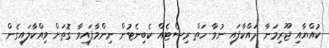
ކުއްޔާއި ޖޫރިމަނާ ދައްކާފައި ނުވާ ހަތް ރިސޯޓެއް ކެބިނެޓުން ނިންމާފައިވާ ގޮތަށް ވިއްކާލައިގެން